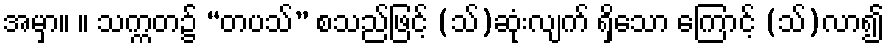
အမှာ။ ။ သက္ကတ၌ “တပသ်” စသည်ဖြင့် (သ်)ဆုံးလျက် ရှိသော ကြောင့် (သ်)လာ၍